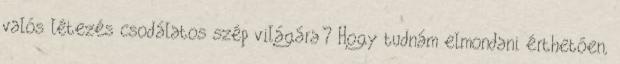
valós létezés csodálatos szép világára? Hogy tudnám elmondani érthetően,